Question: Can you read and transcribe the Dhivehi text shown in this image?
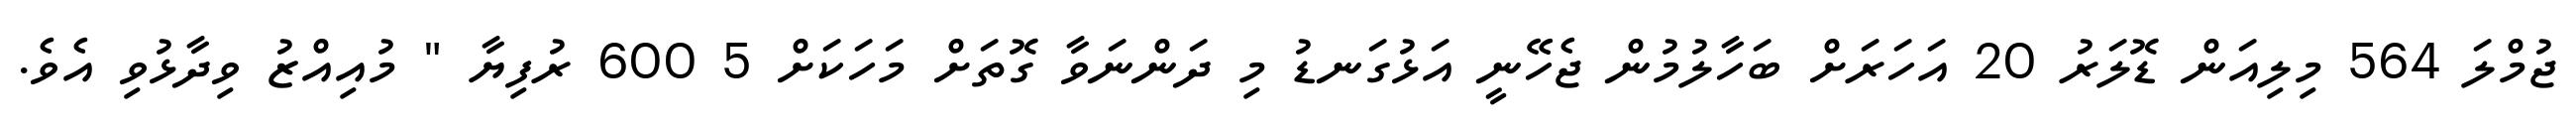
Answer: ޖުމްލަ 564 މިލިއަން ޑޮލަރު 20 އަހަރަށް ބަހާލުމުން ޖެހޭނީ އަޅުގަނޑު މި ދަންނަވާ ގޮތަށް މަހަކަށް 5 600 ރުފިޔާ " މުއިއްޒު ވިދާޅުވި އެވެ.